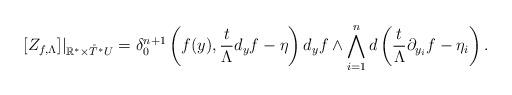
LaTeX: \begin{align*}[Z_{f,\Lambda}]|_{\mathbb{R}^*\times \mathring{T}^* U}=\delta^{n+1}_0 \left(f(y),\frac{t}{\Lambda}d_yf-\eta\right)d_yf\wedge\bigwedge_{i=1}^nd\left(\frac{t}{\Lambda}\partial_{y_i}f-\eta_i\right).\end{align*}